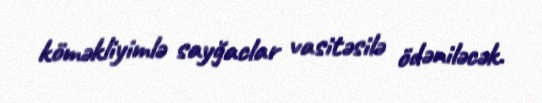
köməkliyimlə sayğaclar vasitəsilə ödəniləcək.